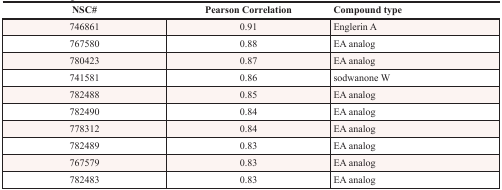
<table><thead><tr><td><b>NSC#</b></td><td><b>Pearson Correlation</b></td><td><b>Compound type</b></td></tr></thead><tbody><tr><td>746861</td><td>0.91</td><td>Englerin A</td></tr><tr><td>767580</td><td>0.88</td><td>EA analog</td></tr><tr><td>780423</td><td>0.87</td><td>EA analog</td></tr><tr><td>741581</td><td>0.86</td><td>sodwanone W</td></tr><tr><td>782488</td><td>0.85</td><td>EA analog</td></tr><tr><td>782490</td><td>0.84</td><td>EA analog</td></tr><tr><td>778312</td><td>0.84</td><td>EA analog</td></tr><tr><td>782489</td><td>0.83</td><td>EA analog</td></tr><tr><td>767579</td><td>0.83</td><td>EA analog</td></tr><tr><td>782483</td><td>0.83</td><td>EA analog</td></tr></tbody></table>